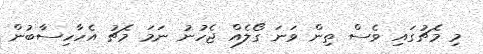
މި މެޗުގައި ވެސް ތިން ވަނަ ގޯލެއް ޖެހުނު ނަމަ މެޗު އެހާހިސާބުން